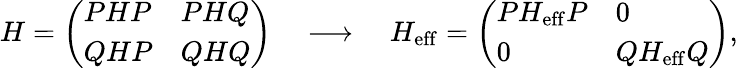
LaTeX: H=\left(\begin{array}{ll}{{PHP}}&{{PHQ}}\\ {{QHP}}&{{QHQ}}\end{array}\right)\quad\longrightarrow\quad H_{\mathrm{eff}}=\left(\begin{array}{ll}{{PH_{\mathrm{eff}}P}}&{{0}}\\ {{0}}&{{QH_{\mathrm{eff}}Q}}\end{array}\right),